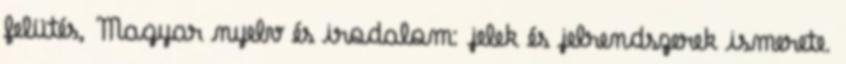
felütés, Magyar nyelv és irodalom: jelek és jelrendszerek ismerete.